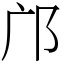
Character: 邝